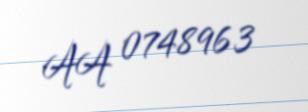
AA 0748963